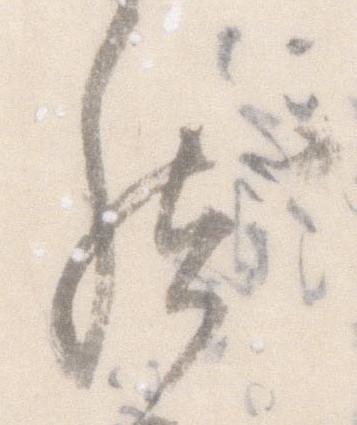
然